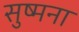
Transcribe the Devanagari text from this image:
सुष्मना